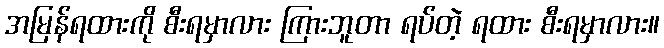
အမြန်ရထားကို စီးရမှာလား ကြားဘူတာ ရပ်တဲ့ ရထား စီးရမှာလား။